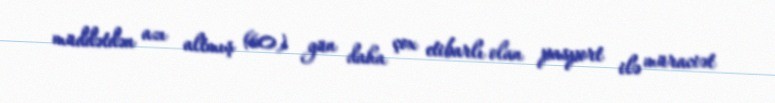
müddətdən azı altmış (60) gün daha çox etibarlı olan pasport ilə müraciət